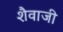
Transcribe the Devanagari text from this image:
शैवाजी